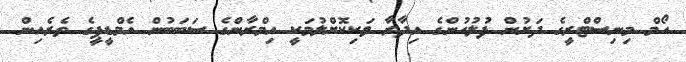
ހޯމް މިނިސްޓްރީގެ ދަށުން ފުލުހުންގެ އިދާރާ ވަކިކޮށްލުމަކީ އިމްރާންގެ ސަބަބުން އެމްޑީޕީގެ ތެރެއިން